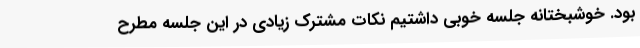
بود. خوشبختانه جلسه خوبی داشتیم نکات مشترک زیادی در این جلسه مطرح